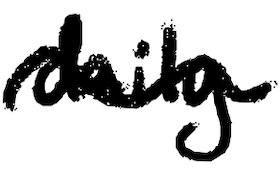
Text: daily
Cross-out: wave
Writing tool: digital_black